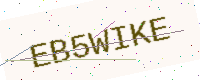
Text: EB5WIKE